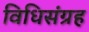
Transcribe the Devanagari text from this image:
विधिसंग्रह